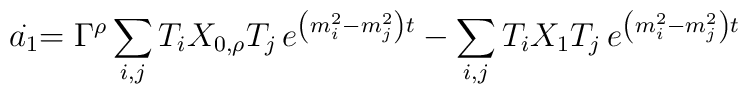
\stackrel{.}{a_{1}}=\Gamma ^{\rho }\sum_{i,j}T_{i}X_{0,\rho}T_{j}\,e^{\left( m_{i}^{2}-m_{j}^{2}\right)t}-\sum_{i,j}T_{i}X_{1}T_{j}\,e^{\left( m_{i}^{2}-m_{j}^{2}\right) t}